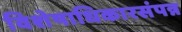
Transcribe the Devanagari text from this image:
विशेषाधिकारसंपन्न